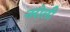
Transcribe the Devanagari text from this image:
नरोली